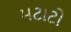
મટાટો